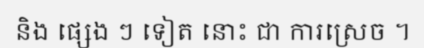
និង ផ្សេង ៗ ទៀត នោះ ជា ការស្រេច ។